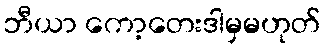
ဘီယာ ကော့တေးဒါမှမဟုတ်